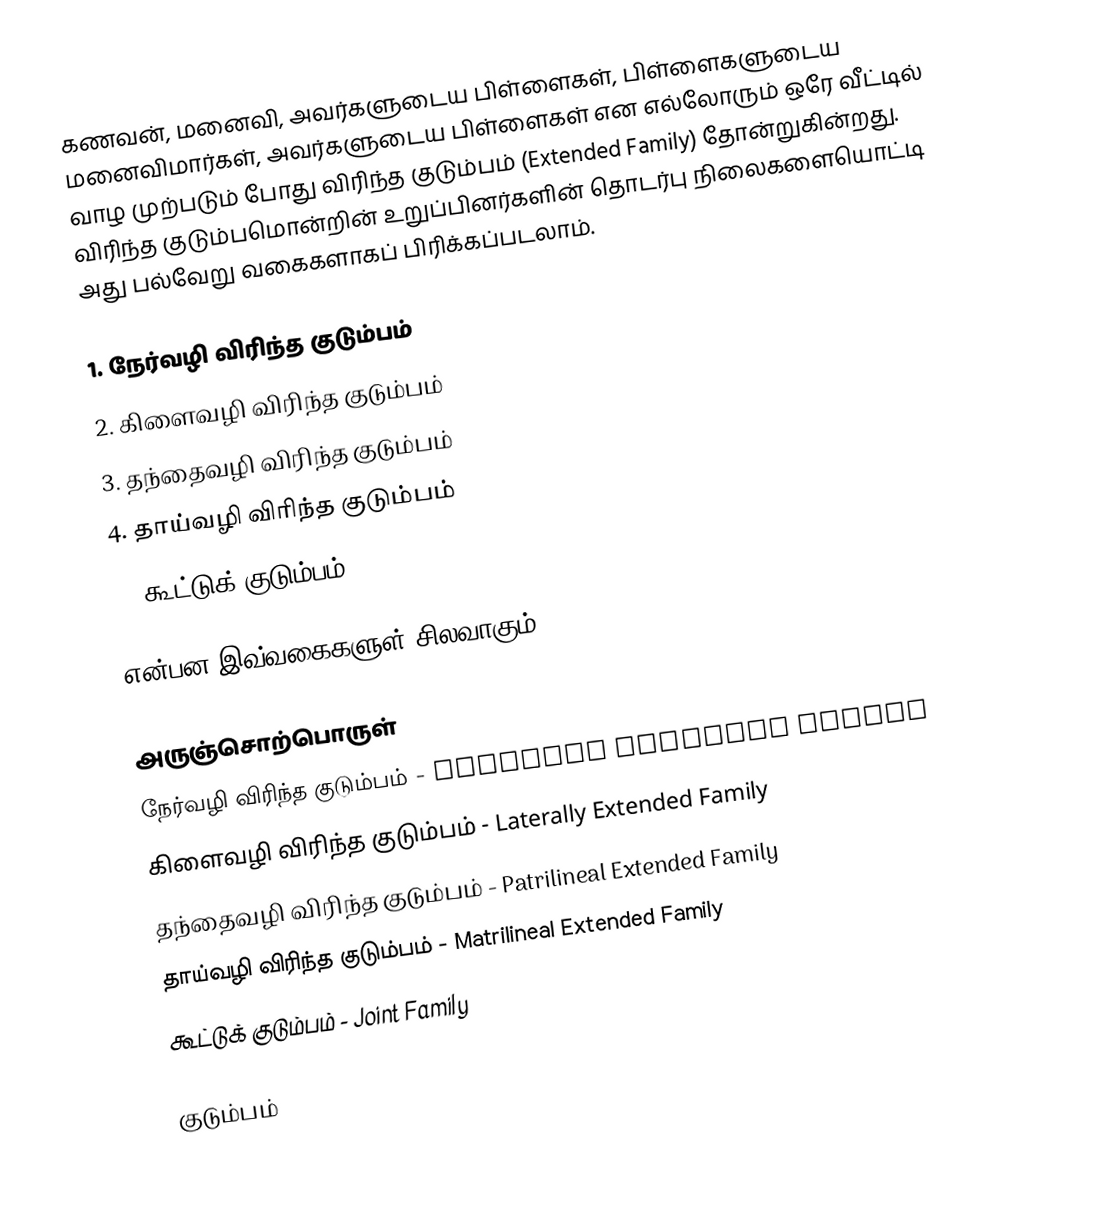
கணவன், மனைவி, அவர்களுடைய பிள்ளைகள், பிள்ளைகளுடைய மனைவிமார்கள், அவர்களுடைய பிள்ளைகள் என எல்லோரும் ஒரே வீட்டில் வாழ முற்படும் போது விரிந்த குடும்பம் (Extended Family) தோன்றுகின்றது. விரிந்த குடும்பமொன்றின் உறுப்பினர்களின் தொடர்பு நிலைகளையொட்டி அது பல்வேறு வகைகளாகப் பிரிக்கப்படலாம்.

1. நேர்வழி விரிந்த குடும்பம்
2. கிளைவழி விரிந்த குடும்பம்
3. தந்தைவழி விரிந்த குடும்பம்
4. தாய்வழி விரிந்த குடும்பம்
5. கூட்டுக் குடும்பம்

என்பன இவ்வகைகளுள் சிலவாகும்.

அருஞ்சொற்பொருள்
 நேர்வழி விரிந்த குடும்பம் - Lineally Extended Family
 கிளைவழி விரிந்த குடும்பம் - Laterally Extended Family
 தந்தைவழி விரிந்த குடும்பம் - Patrilineal Extended Family
 தாய்வழி விரிந்த குடும்பம் - Matrilineal Extended Family
 கூட்டுக் குடும்பம் - Joint Family

குடும்பம்